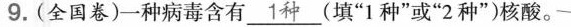
9.(全国卷)一种病毒含有\underline{##1种##}(填”1种”或”2种”)核酸。